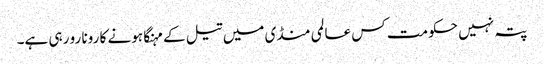
پتہ نہیں حکومت کس عالمی منڈی میں تیل کے مہنگا ہونے کا رونا رو رہی ہے۔